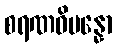
စရဏဝိပန္နော